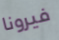
فيرونا